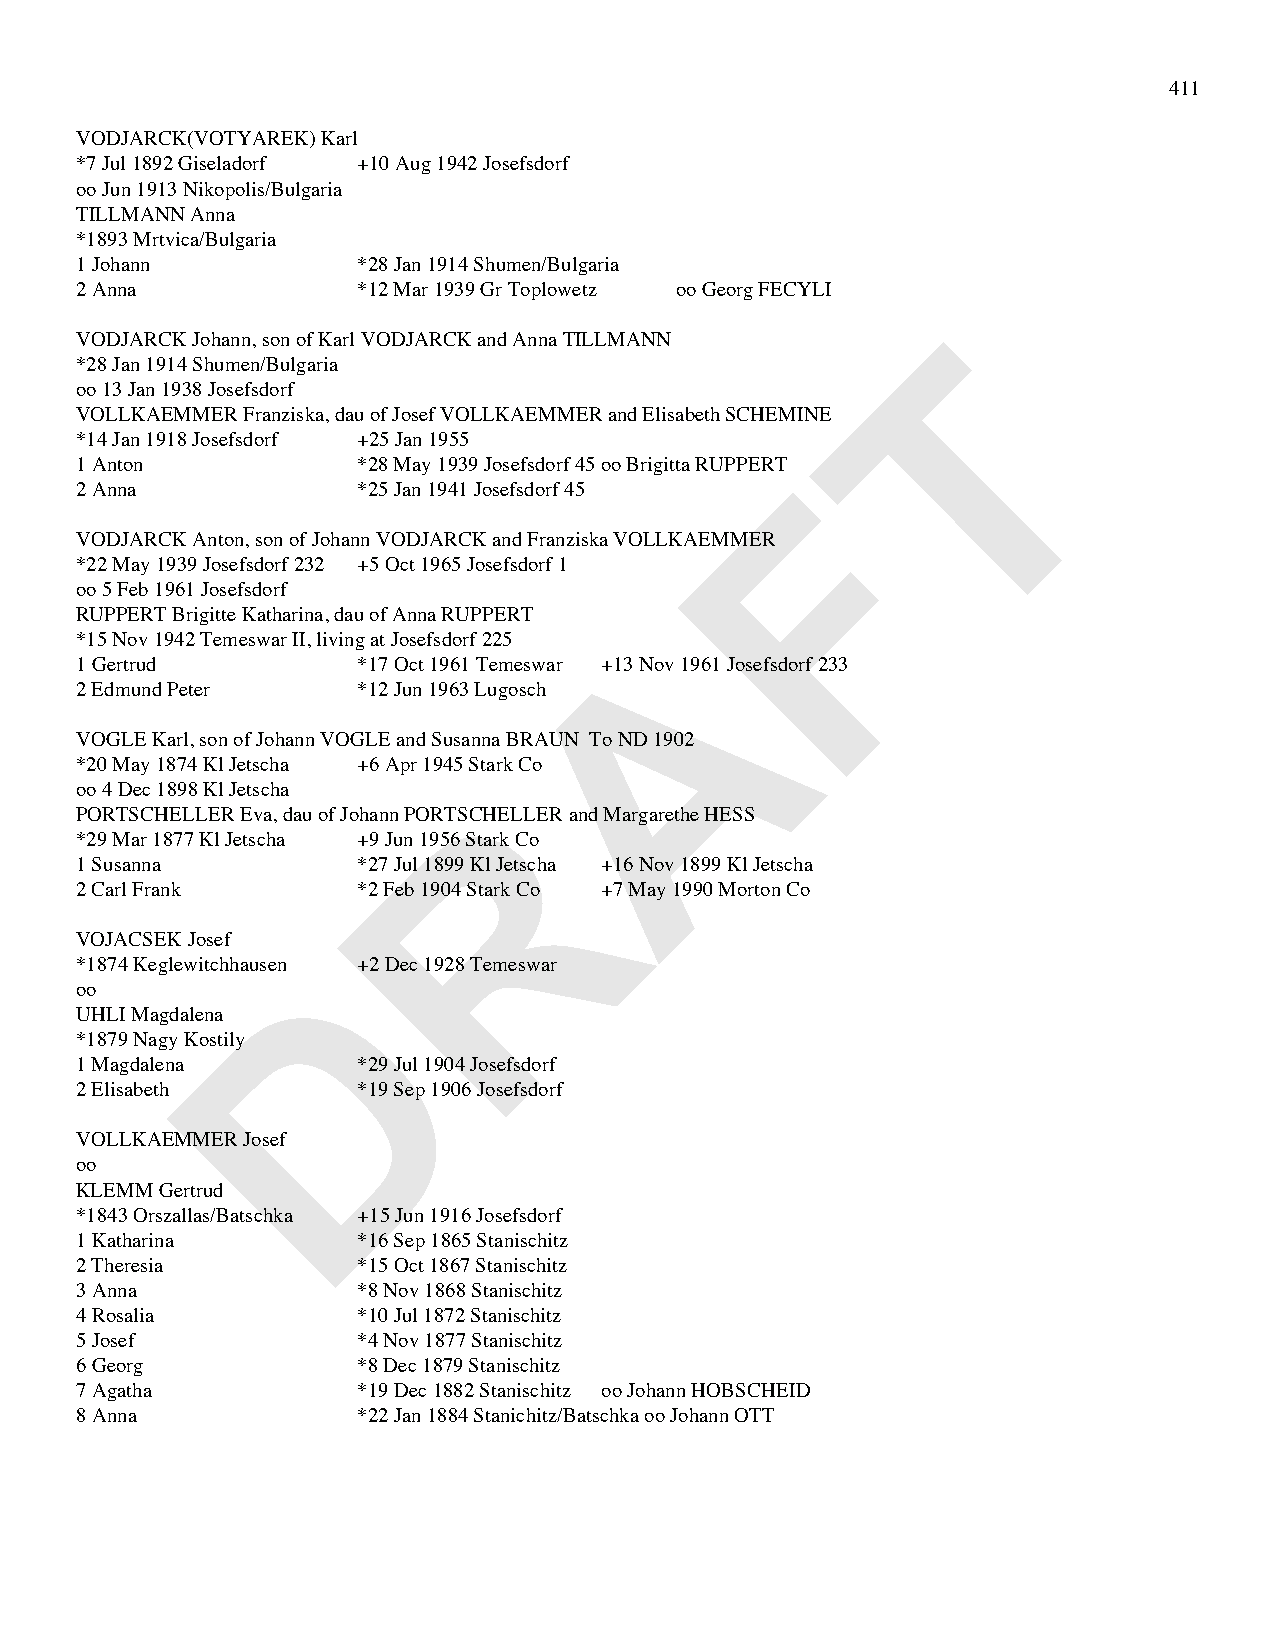
411
 VODJARCK(VOTYAREK) Karl
 *7 Jul 1892 Giseladorf +10 Aug 1942 Josefsdorf
 oo Jun 1913 Nikopolis/Bulgaria
 TILLMANN Anna
 *1893 Mrtvica/Bulgaria
 1 Johann           *28 Jan 1914 Shumen/Bulgaria
 2 Anna             *12 Mar 1939 Gr Toplowetz oo Georg FECYLI
 T
 VODJARCK Johann, son of Karl VODJARCK and Anna TILLMANN
 *28 Jan 1914 Shumen/Bulgaria
 oo 13 Jan 1938 Josefsdorf
 VOLLKAEMMER Franziska, dau of Josef VOLLKAEMMER and Elisabeth SCHEMINE
 *14 Jan 1918 Josefsdorf +25 Jan 1955
 1 Anton            *28 May 1939 Josefsdorf 45 oo Brigitta RUPPERTF
 2 Anna             *25 Jan 1941 Josefsdorf 45
 VODJARCK Anton, son of Johann VODJARCK and Franziska VOLLKAEMMER
 *22 May 1939 Josefsdorf 232 +5 Oct 1965 Josefsdorf 1
 oo 5 Feb 1961 Josefsdorf
 RUPPERT Brigitte Katharina, dau of Anna RUPPERT A
 *15 Nov 1942 Temeswar II, living at Josefsdorf 225
 1 Gertrud          *17 Oct 1961 Temeswar +13 Nov 1961 Josefsdorf 233
 2 Edmund Peter     *12 Jun 1963 Lugosch
 VOGLE Karl, son of Johann VOGLE and Susanna BRAUN To ND 1902
 *20 May 1874 Kl Jetscha +6 Apr 1945 Stark Co
 R
 oo 4 Dec 1898 Kl Jetscha
 PORTSCHELLER Eva, dau of Johann PORTSCHELLER and Margarethe HESS
 *29 Mar 1877 Kl Jetscha +9 Jun 1956 Stark Co
 1 Susanna          *27 Jul 1899 Kl Jetscha +16 Nov 1899 Kl Jetscha
 2 Carl Frank       *2 Feb 1904 Stark Co +7 May 1990 Morton Co
 VOJACSEK Josef
 D
 *1874 Keglewitchhausen +2 Dec 1928 Temeswar
 oo
 UHLI Magdalena
 *1879 Nagy Kostily
 1 Magdalena        *29 Jul 1904 Josefsdorf
 2 Elisabeth        *19 Sep 1906 Josefsdorf
 VOLLKAEMMER Josef
 oo
 KLEMM Gertrud
 *1843 Orszallas/Batschka +15 Jun 1916 Josefsdorf
 1 Katharina        *16 Sep 1865 Stanischitz
 2 Theresia         *15 Oct 1867 Stanischitz
 3 Anna             *8 Nov 1868 Stanischitz
 4 Rosalia          *10 Jul 1872 Stanischitz
 5 Josef            *4 Nov 1877 Stanischitz
 6 Georg            *8 Dec 1879 Stanischitz
 7 Agatha           *19 Dec 1882 Stanischitz oo Johann HOBSCHEID
 8 Anna             *22 Jan 1884 Stanichitz/Batschka oo Johann OTT